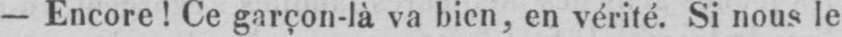
- Encore! Ce garçon-là va bien, en vérité. Si nous le